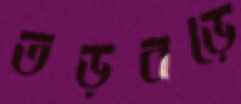
তড়বড়ে